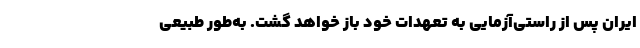
ایران پس از راستی‌آزمایی به تعهدات خود باز خواهد گشت. به‌طور طبیعی